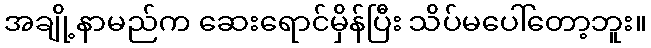
အချို့နာမည်က ဆေးရောင်မှိန်ပြီး သိပ်မပေါ်တော့ဘူး။